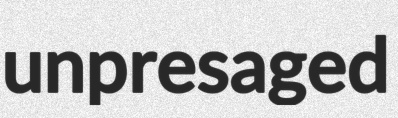
unpresaged